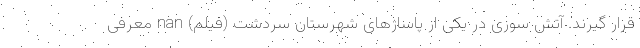
قرار گیرند. آتش سوزی در یکی از پاساژهای شهرستان سردشت (فیلم) nan معرفی